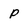
Character: p